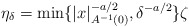
\begin{align*}\eta_{\delta} = \min \{|x|_{A^{-1}(0)}^{-a/2}, \delta^{-a/2}\}\zeta\end{align*}